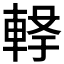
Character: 𲄸